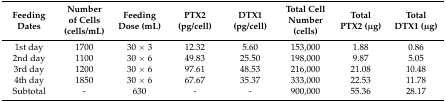
<table><thead><tr><td><b>Feeding Dates</b></td><td><b>Number of Cells (cells/mL)</b></td><td><b>Feeding Dose (mL)</b></td><td><b>PTX2 (pg/cell)</b></td><td><b>DTX1 (pg/cell)</b></td><td><b>Total Cell Number (cells)</b></td><td><b>Total PTX2 (μg)</b></td><td><b>Total DTX1 (μg)</b></td></tr></thead><tbody><tr><td>1st day</td><td>1700</td><td>30 × 3</td><td>12.32</td><td>5.60</td><td>153,000</td><td>1.88</td><td>0.86</td></tr><tr><td>2nd day</td><td>1100</td><td>30 × 6</td><td>49.83</td><td>25.50</td><td>198,000</td><td>9.87</td><td>5.05</td></tr><tr><td>3rd day</td><td>1200</td><td>30 × 6</td><td>97.61</td><td>48.53</td><td>216,000</td><td>21.08</td><td>10.48</td></tr><tr><td>4th day</td><td>1850</td><td>30 × 6</td><td>67.67</td><td>35.37</td><td>333,000</td><td>22.53</td><td>11.78</td></tr><tr><td>Subtotal</td><td>-</td><td>630</td><td>-</td><td>-</td><td>900,000</td><td>55.36</td><td>28.17</td></tr></tbody></table>